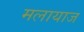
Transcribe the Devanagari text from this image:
मलायाज